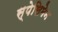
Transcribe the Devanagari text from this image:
स्पेसिमेन